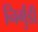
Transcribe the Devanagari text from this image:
निर्गुंडी